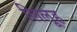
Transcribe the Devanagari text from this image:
लिलूह